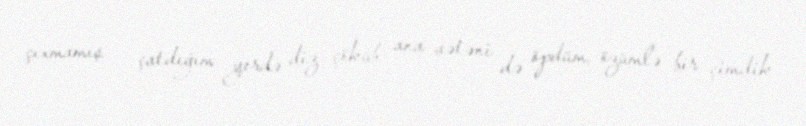
çıxmamış - çatdığım yerdə diz çöküb ana vətəni də öpdüm, özümlə bir çimdik